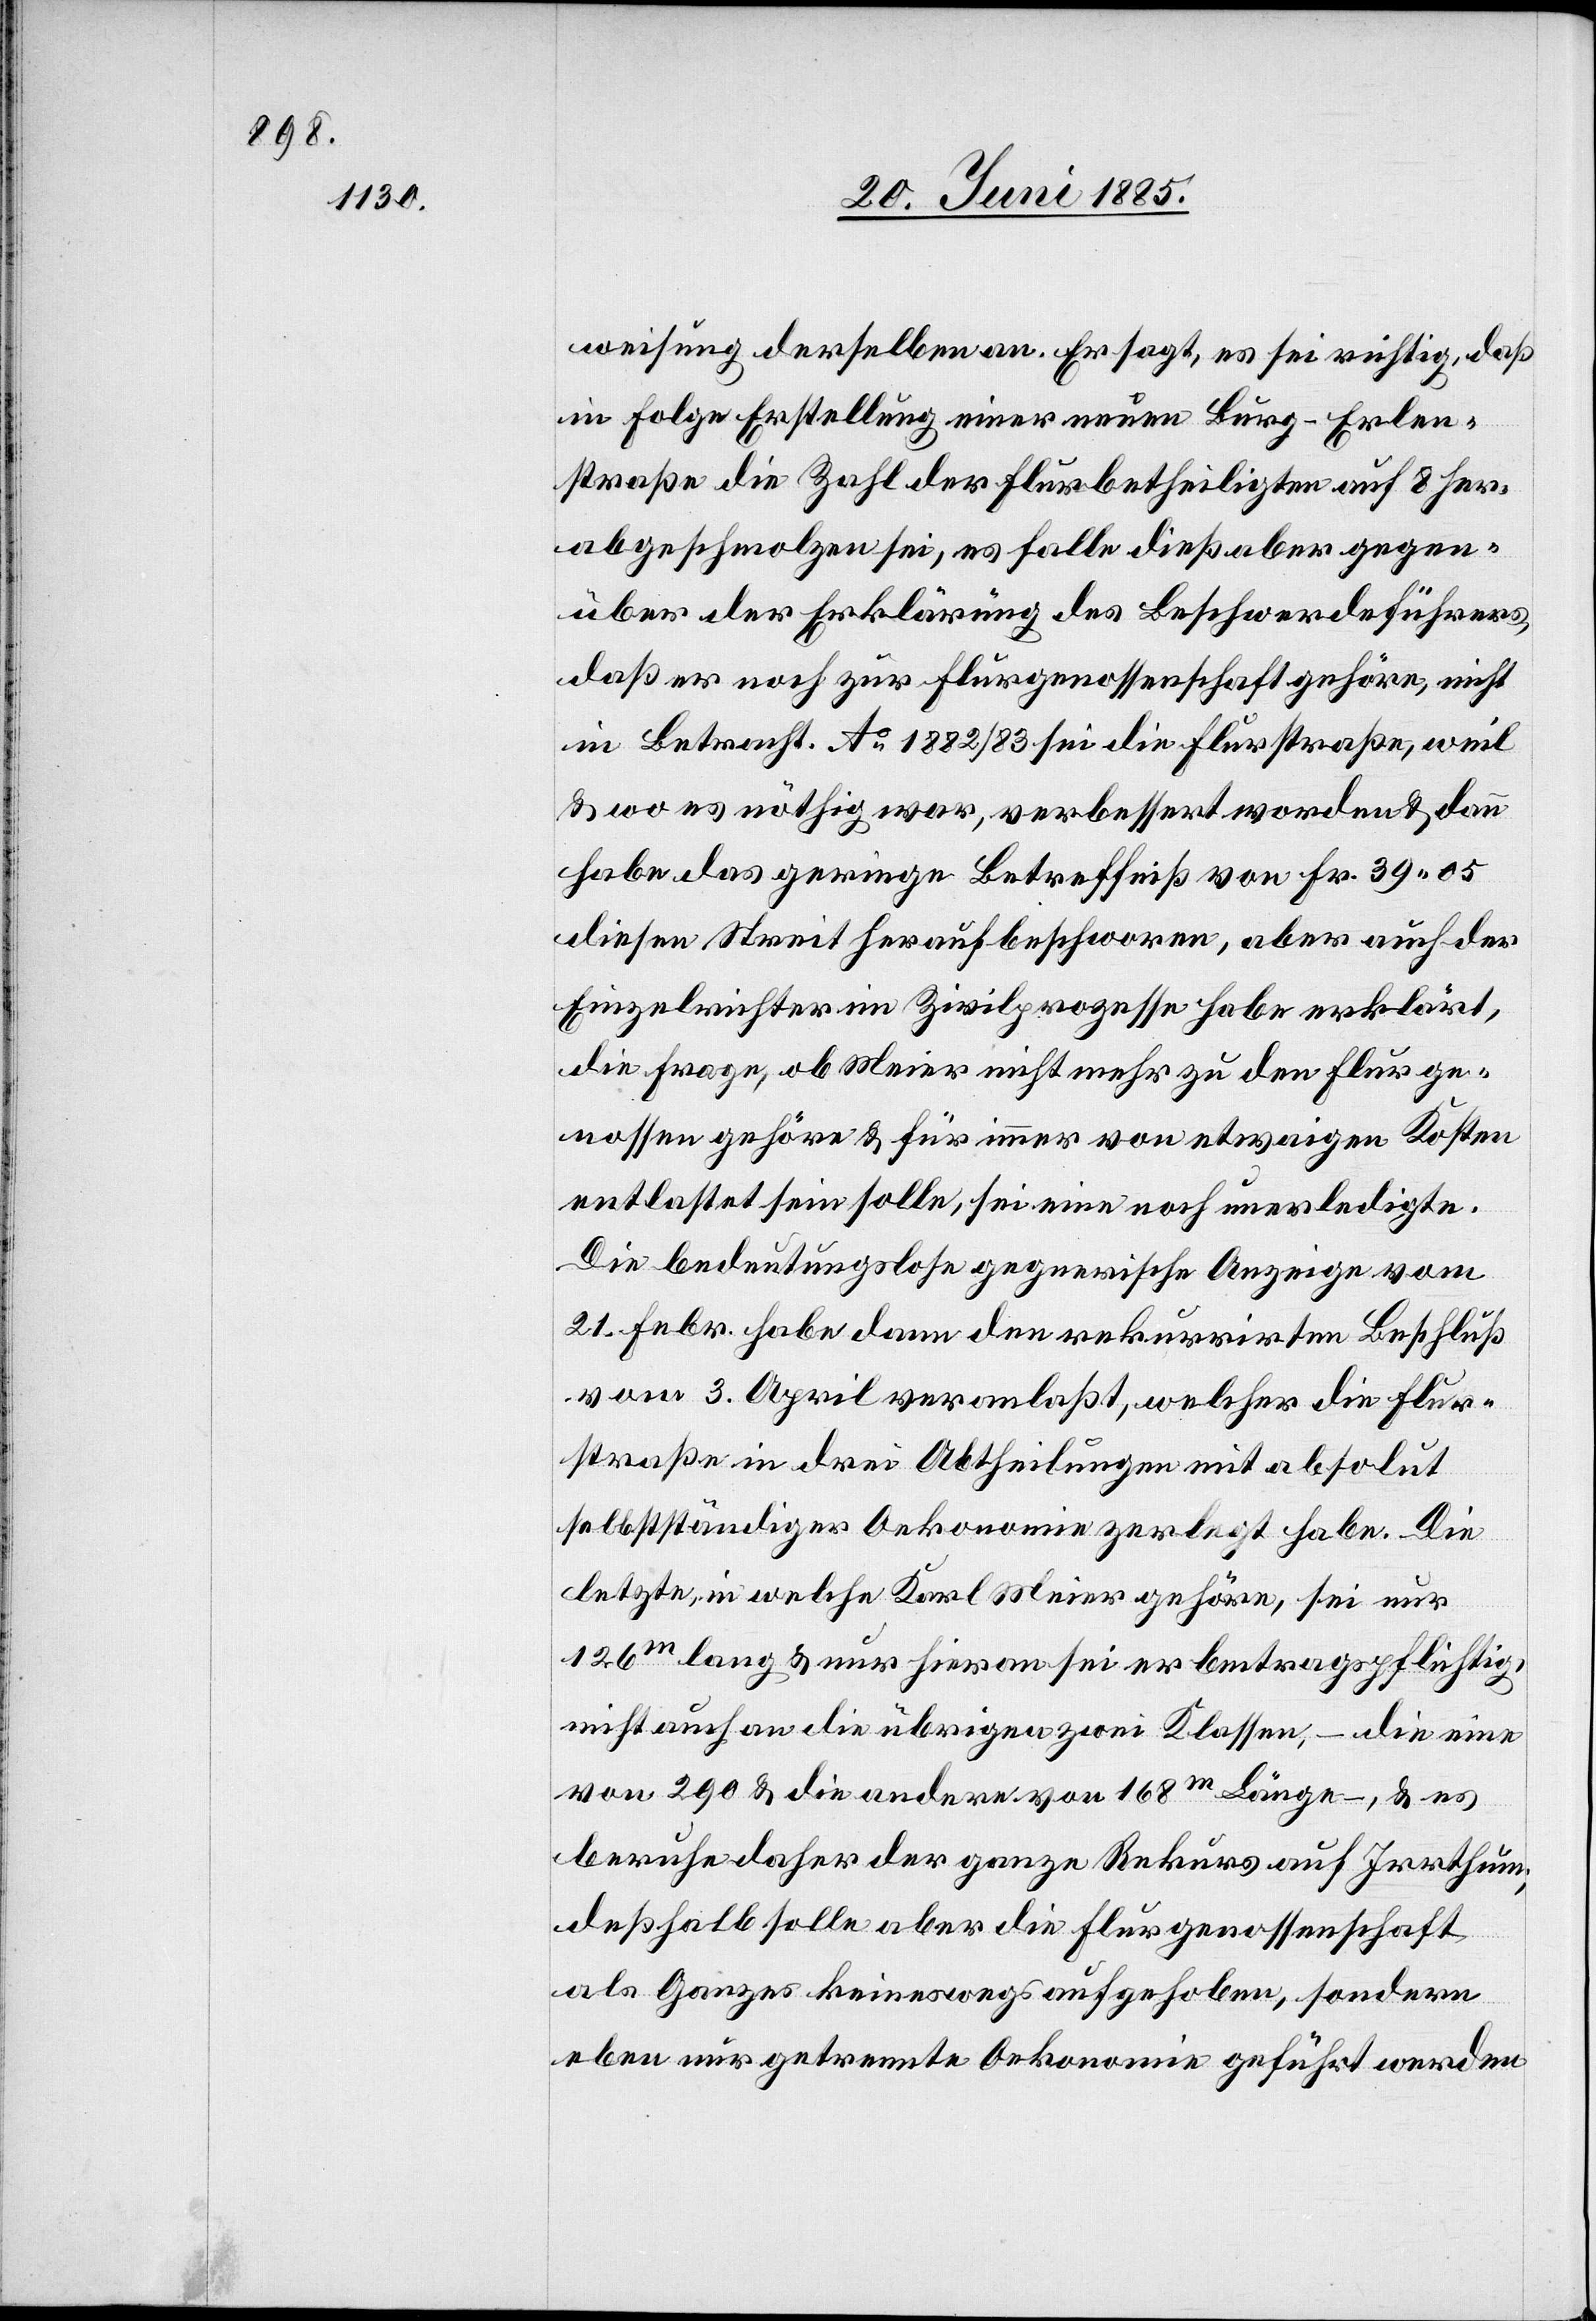
weisung derselben an. Er sagt, es sei richtig, daß
in Folge Erstellung einer neuen Burg–Erlen¬
straße die Zahl der Flurbetheiligten auf 8 her¬
abgeschmolzen sei, es falle dieß aber gegen¬
über der Erklärung des Beschwerdeführers,
daß er noch zur Flurgenossenschaft gehöre, nicht
in Betracht. Ao 1882/83 sei die Flurstraße, weil
& wo es nöthig war, verbessert worden & dann
habe das geringe Betreffniß von Fr. 39 05
diesen Streit heraufbeschworen, aber auch der
Einzelrichter im Zivilprozesse habe erklärt,
die Frage, ob Meier nicht mehr zu den Flurge¬
nossen gehöre & für immer von etwaigen Kosten
entlastet sein solle, sei eine noch unerledigte.
Die bedeutungslose gegnerische Anzeige vom
21. Febr. habe dann den rekurrirten Beschluß
vom 3. April veranlaßt, welcher die Flur¬
straße in drei Abtheilungen mit absolut
selbstständiger Oekonomie zerlegt habe. Die
letzte, in welche Karl Meier gehöre, sei nur
126 m lang & nur hieran sei er betragspflichtig,
nicht auch an die übrigen zwei Klassen, – die eine
von 290 & die andere von 168 m Länge –, & es
beruhe daher der ganze Rekurs auf Irrthum,
deßhalb solle aber die Flurgenossenschaft
als Ganzes keineswegs aufgehoben, sondern
eben nur getrennte Oekonomie geführt werden